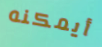
أيمكنه